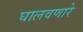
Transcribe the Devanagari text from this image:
घालवणारे